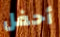
أحفل